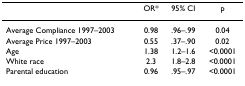
<table><thead><tr><td></td><td><b>OR*</b></td><td><b>95% CI</b></td><td><b>p</b></td></tr></thead><tbody><tr><td>Average Compliance 1997–2003</td><td>0.98</td><td>.96–.99</td><td>0.04</td></tr><tr><td>Average Price 1997–2003</td><td>0.55</td><td>.37–.90</td><td>0.02</td></tr><tr><td>Age</td><td>1.38</td><td>1.2–1.6</td><td>&lt;0.0001</td></tr><tr><td>White race</td><td>2.3</td><td>1.8–2.8</td><td>&lt;0.0001</td></tr><tr><td>Parental education</td><td>0.96</td><td>.95–.97</td><td>&lt;0.0001</td></tr></tbody></table>